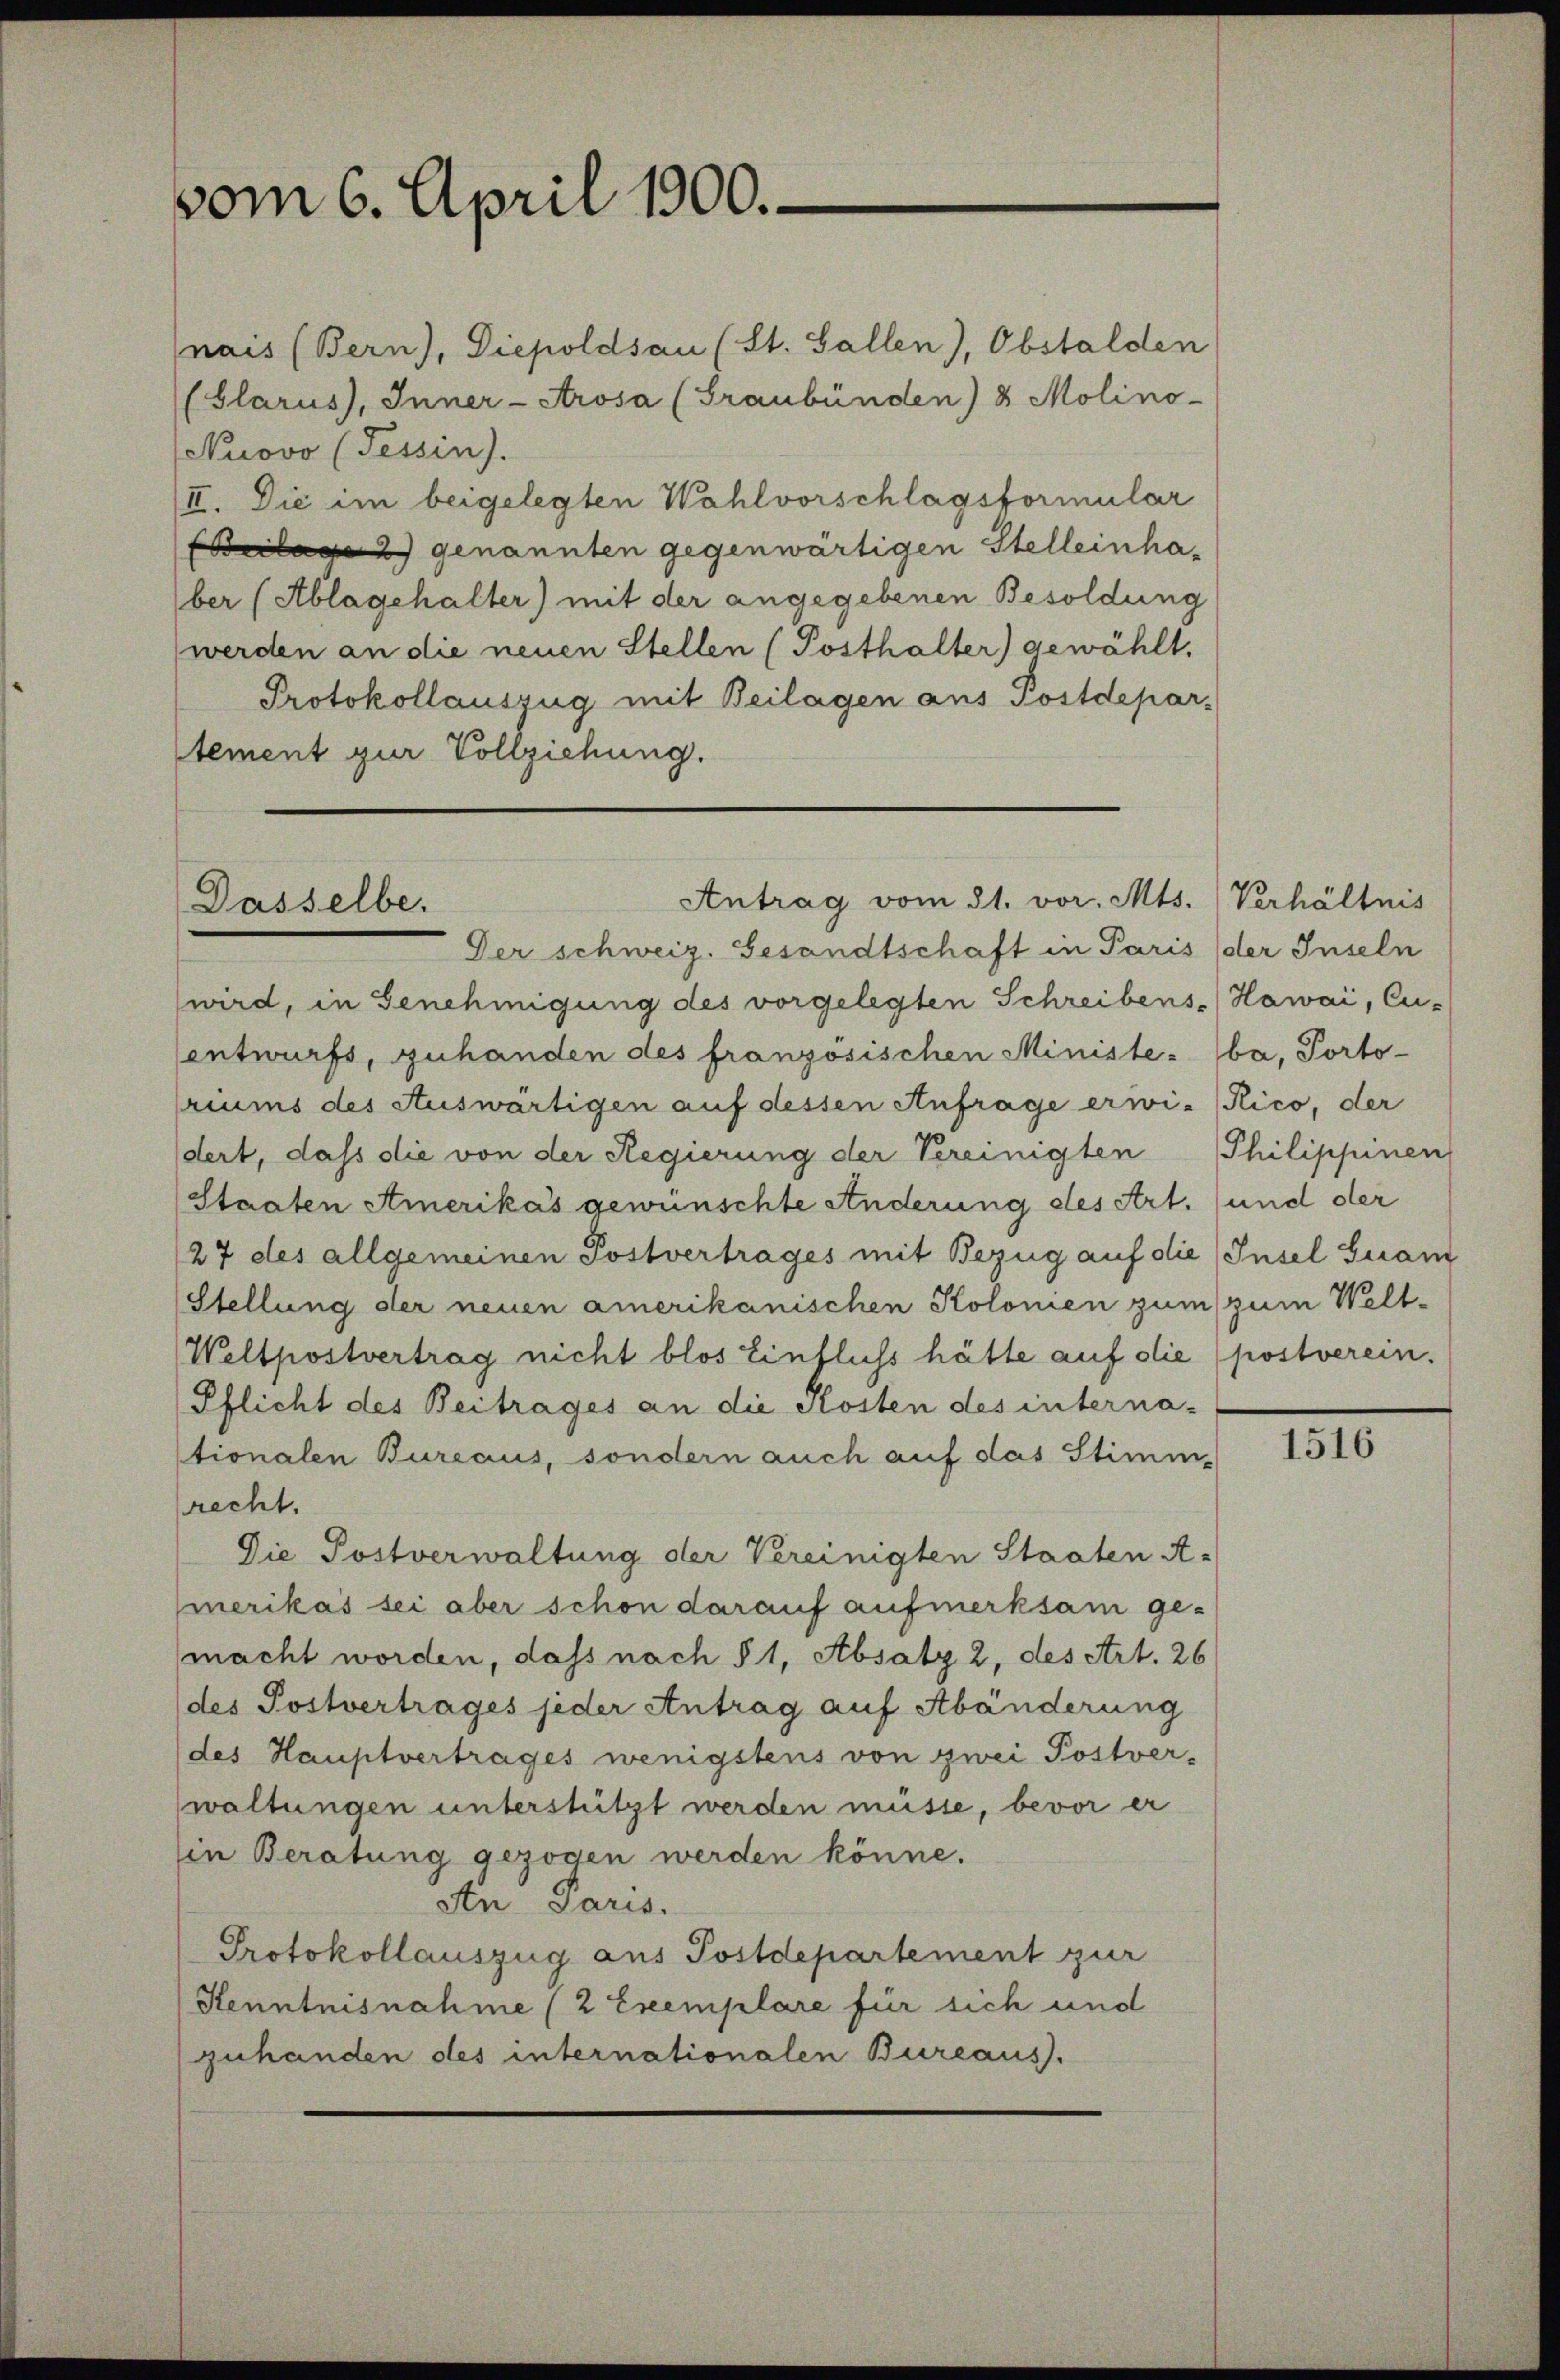
vom 6. April 1900.

nais (Bern), Diepoldsau (St. Gallen), Obstalden
(Glarus, Inner-Arosa (Graubünden) 8 Molino-
Nuovo (Tessin).
II. Die im beigelegten Wahlvorschlagsformular
lag genannten gegenwärtigen Stelleinhaber (Ablagehalter) mit der angegebenen Besoldung
werden an die neuen Stellen (Posthalter) gewählt.
Protokollauszug mit Beilagen aus Postdepar-
stement zur Vollziehung.

Der schweiz. Gesandtschaft in Paris der Inseln
wird, in Genehmigung des vorgelegten Schreibens- (Hawai, Cu-
entwurfs, zuhanden des französischen Ministe-ba, Porto-
riums des Auswärtigen auf dessen Anfrage erwi-Kico, der
dert, daß die von der Regierung der Vereinigten Philippinen
(Staaten Amerikas gewünschte Anderung des Art. (und der
27 des allgemeinen Postvertrages mit Bezug auf die Insel suam
Stellung der neuen amerikanischen Kolonien zum zum Welt¬
Weltpostvertrag nicht blos Einfluss hätte auf die postverein.
Pflicht des Beitrages an die Kosten des interna-
stionalen Bureaus, sondern auch auf das Stimm-
recht.
Die Postverwaltung der Vereinigten Staaten A-
merikas sei aber schon darauf aufmerksam ge-
macht worden, dass nach § 1, Absatz 2, des Art. 26
des Postvertrages jeder Antrag auf Abänderung
(des Hauptvertrages wenigstens von zwei Postver-
waltungen unterstützt werden müsse, bevor er
in Beratung gezogen werden könne.
An Paris.
Protokollauszug aus Postdepartement zur
Kenntnisnahme (2 Exemplare für sich und
zuhanden des internationalen Bureaus.

Antrag vom 31. vor. Mts. Verhältnis
Dasselbe.

1516